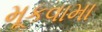
મૂકવામા